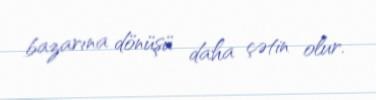
bazarına dönüşü daha çətin olur.